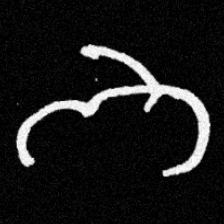
Pyu character \u2014 Myanmar letter: ဘ (romanized: bha)